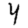
Digit: 4